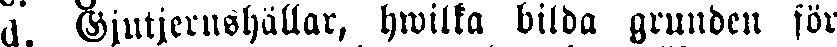
d. Gjutjernshällar, hwilka bilda grunden för